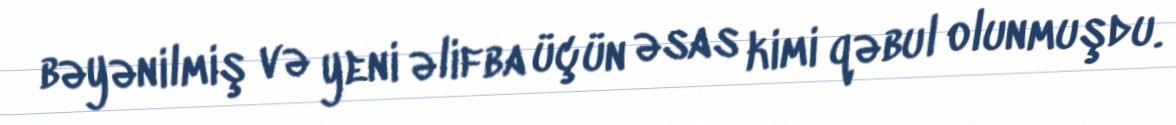
bəyənilmiş və yeni əlifba üçün əsas kimi qəbul olunmuşdu.